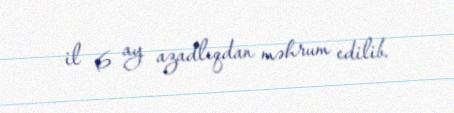
il 6 ay azadlıqdan məhrum edilib.